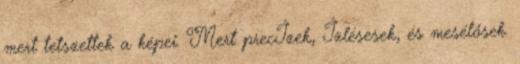
mert tetszettek a képei. Mert precÍzek, Ízlésesek, és mesélősek.